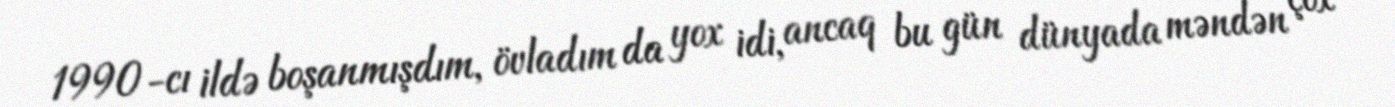
1990-cı ildə boşanmışdım, övladım da yox idi, ancaq bu gün dünyada məndən çox